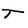
Character: T